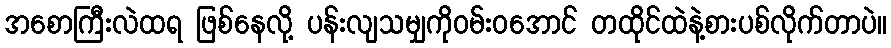
အစောကြီးလဲထရ ဖြစ်နေလို့ ပန်းလျသမျှကိုဝမ်းဝအောင် တထိုင်ထဲနဲ့စားပစ်လိုက်တာပဲ။